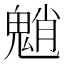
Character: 魈